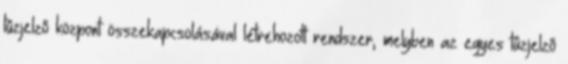
tûzjelzõ központ összekapcsolásával létrehozott rendszer, melyben az egyes tûzjelzõ